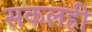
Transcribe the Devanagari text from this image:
सकलही